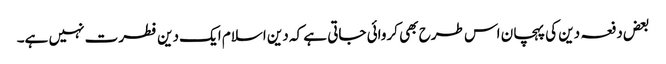
بعض دفعہ دین کی پہچان اس طرح بھی کروائی جاتی ہے کہ دین اسلام ایک دین فطرت نہیں ہے۔